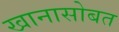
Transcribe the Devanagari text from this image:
खानासोबत